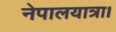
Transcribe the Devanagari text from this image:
नेपालयात्रा।